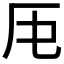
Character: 𠨰